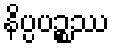
နိပ္ပပဉ္စဿ